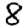
Digit: 8